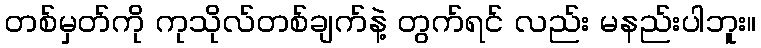
တစ်မှတ်ကို ကုသိုလ်တစ်ချက်နဲ့ တွက်ရင် လည်း မနည်းပါဘူး။